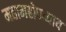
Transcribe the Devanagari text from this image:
महामहोपध्याय